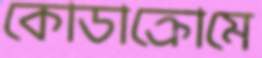
কোডাক্রোমে